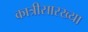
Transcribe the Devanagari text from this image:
कात्रीसारख्या